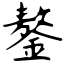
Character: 鏊